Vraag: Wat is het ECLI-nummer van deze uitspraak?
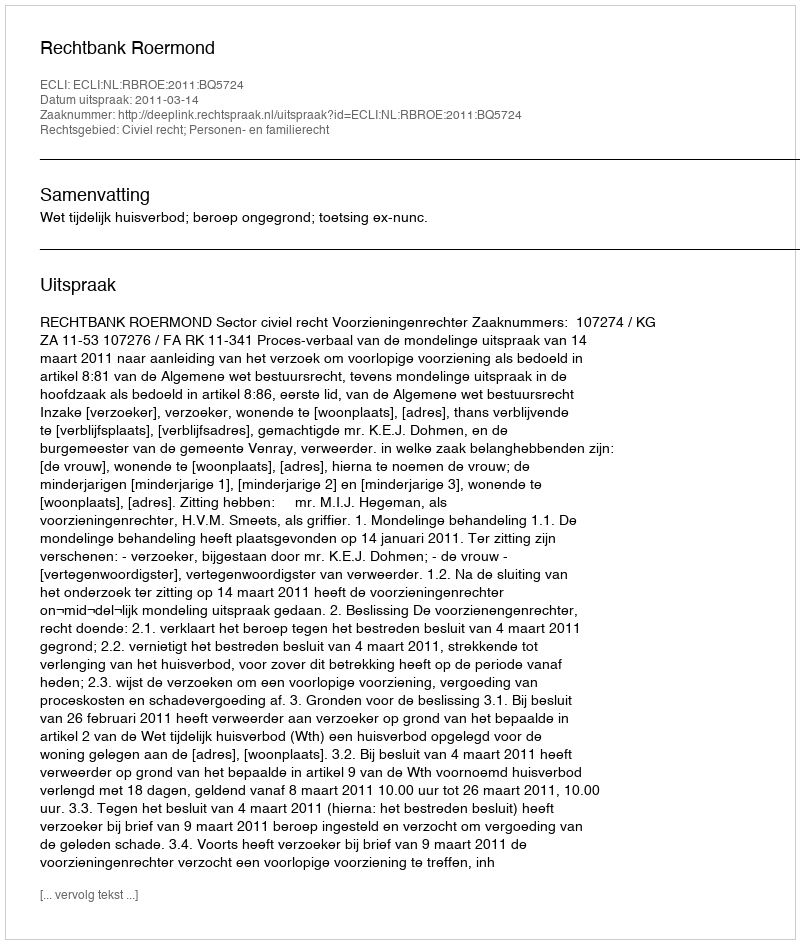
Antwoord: ECLI:NL:RBROE:2011:BQ5724